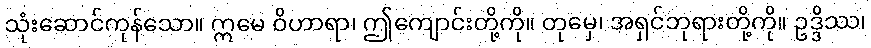
သုံးဆောင်ကုန်သော။ ဣမေ ဝိဟာရာ၊ ဤကျောင်းတို့ကို။ တုမှေ၊ အရှင်ဘုရားတို့ကို။ ဥဒ္ဒိဿ၊